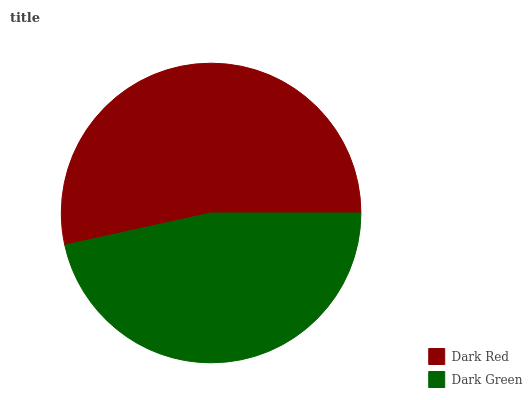
| Dark Red | Dark Green |
 | --- | --- |
 | 53.4% | 46.6% |